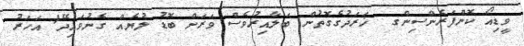
ވީޑިއޯ ކޮންފަރެންސިންގ  ޚަރަދުގެގޮތުން ބަލާއިރުވެސް ވަރަށް ބޮޑު ލުޔެއް ގެނުވައިދޭ1 އަހަރު